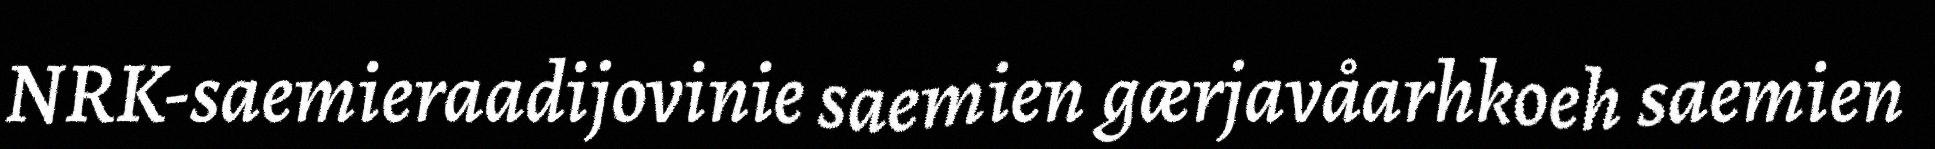
NRK-saemieraadijovinie saemien gærjavåarhkoeh saemien